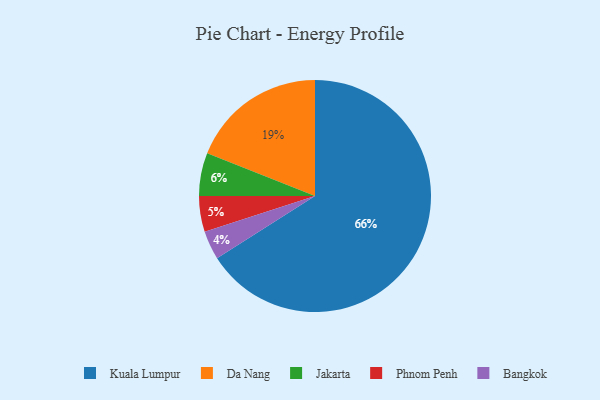
{"axis": {"x": "Category", "y": "Percentage"}, "legend": ["Bangkok", "Da Nang", "Jakarta", "Kuala Lumpur", "Phnom Penh"], "data": [{"x": "Kuala Lumpur", "y": 66, "type": "Kuala Lumpur"}, {"x": "Bangkok", "y": 4, "type": "Bangkok"}, {"x": "Jakarta", "y": 6, "type": "Jakarta"}, {"x": "Da Nang", "y": 19, "type": "Da Nang"}, {"x": "Phnom Penh", "y": 5, "type": "Phnom Penh"}]}